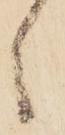
ゝ